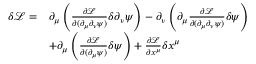
\begin{array} { r l } { \delta \mathcal L = } & { \partial _ { \mu } \left( \frac { \partial \mathcal L } { \partial ( \partial _ { \mu } \partial _ { \nu } \psi ) } \delta \partial _ { \nu } \psi \right) - \partial _ { \nu } \left( \partial _ { \mu } \frac { \partial \mathcal L } { \partial ( \partial _ { \mu } \partial _ { \nu } \psi ) } \delta \psi \right) } \\ & { + \partial _ { \mu } \left( \frac { \partial \mathcal { L } } { \partial ( \partial _ { \mu } \psi ) } \delta \psi \right) + \frac { \partial \mathcal L } { \partial x ^ { \mu } } \delta x ^ { \mu } } \end{array}